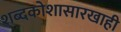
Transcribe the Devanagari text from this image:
शब्दकोशासारखाही